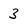
Character: 3